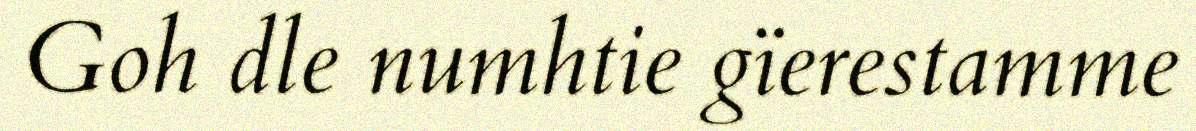
Goh dle numhtie gïerestamme